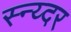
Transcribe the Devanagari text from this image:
स्न्य्दर